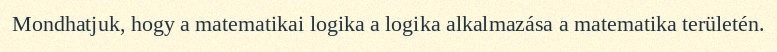
Mondhatjuk, hogy a matematikai logika a logika alkalmazása a matematika területén.